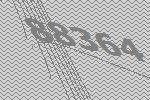
88364